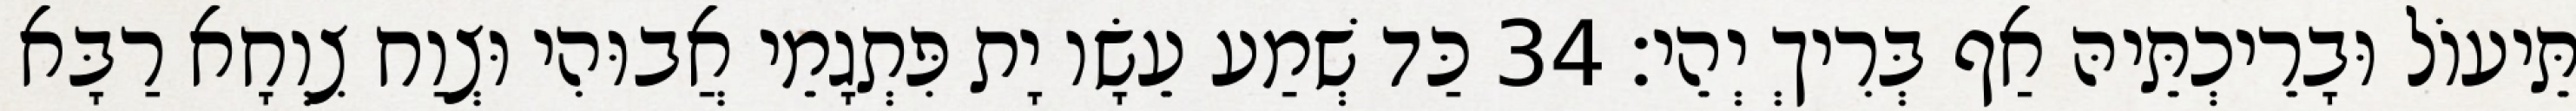
תֵּיעוֹל וּבָרֵיכְתֵּיהּ אַף בְּרִיךְ יְהֵי׃ 34 כַּד שְׁמַע עֵשָׂו יָת פִּתְגָמֵי אֲבוּהִי וּצְוַח צִוְחָא רַבָּא